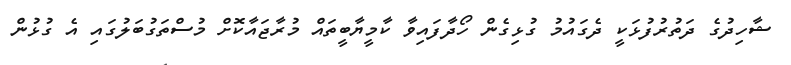
ޝާހިދުގެ ދަތުރުފުޅަކީ ދެގައުމު ގުޅިގެން ހޯދާފައިވާ ކާމީޔާބީތައް މުރާޖައާކޮށް މުސްތަގުބަލުގައި އެ ގުޅުން